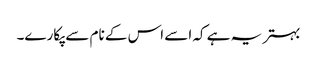
بہتر یہ ہے کہ اسے اس کے نام سے پکارے۔